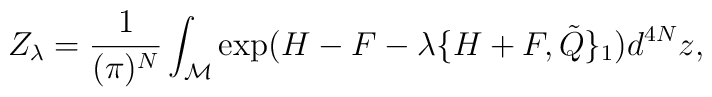
Z_{\lambda}=\frac{1}{(\pi)^N}\int_{{\cal M}}\exp(H-F-\lambda \{H+F, {\tilde Q\}_{1}}) d^{4N}z ,